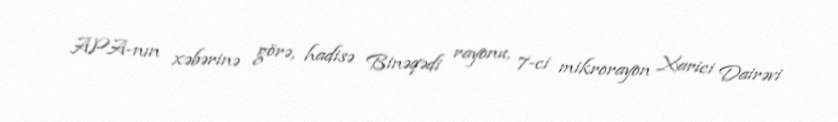
APA-nın xəbərinə görə, hadisə Binəqədi rayonu, 7-ci mikrorayon Xarici Dairəvi